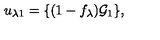
u _ { \lambda 1 } = \{ ( 1 - f _ { \lambda } ) { \cal G } _ { 1 } \} ,